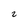
Character: z